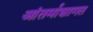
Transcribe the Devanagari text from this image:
आंतर्माशागत